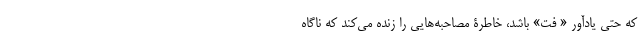
که حتی یادآور « فت» باشد، خاطرۀ مصاحبه‌هایی را زنده می‌کند که ناگاه